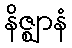
နိဇ္ဈာနံ